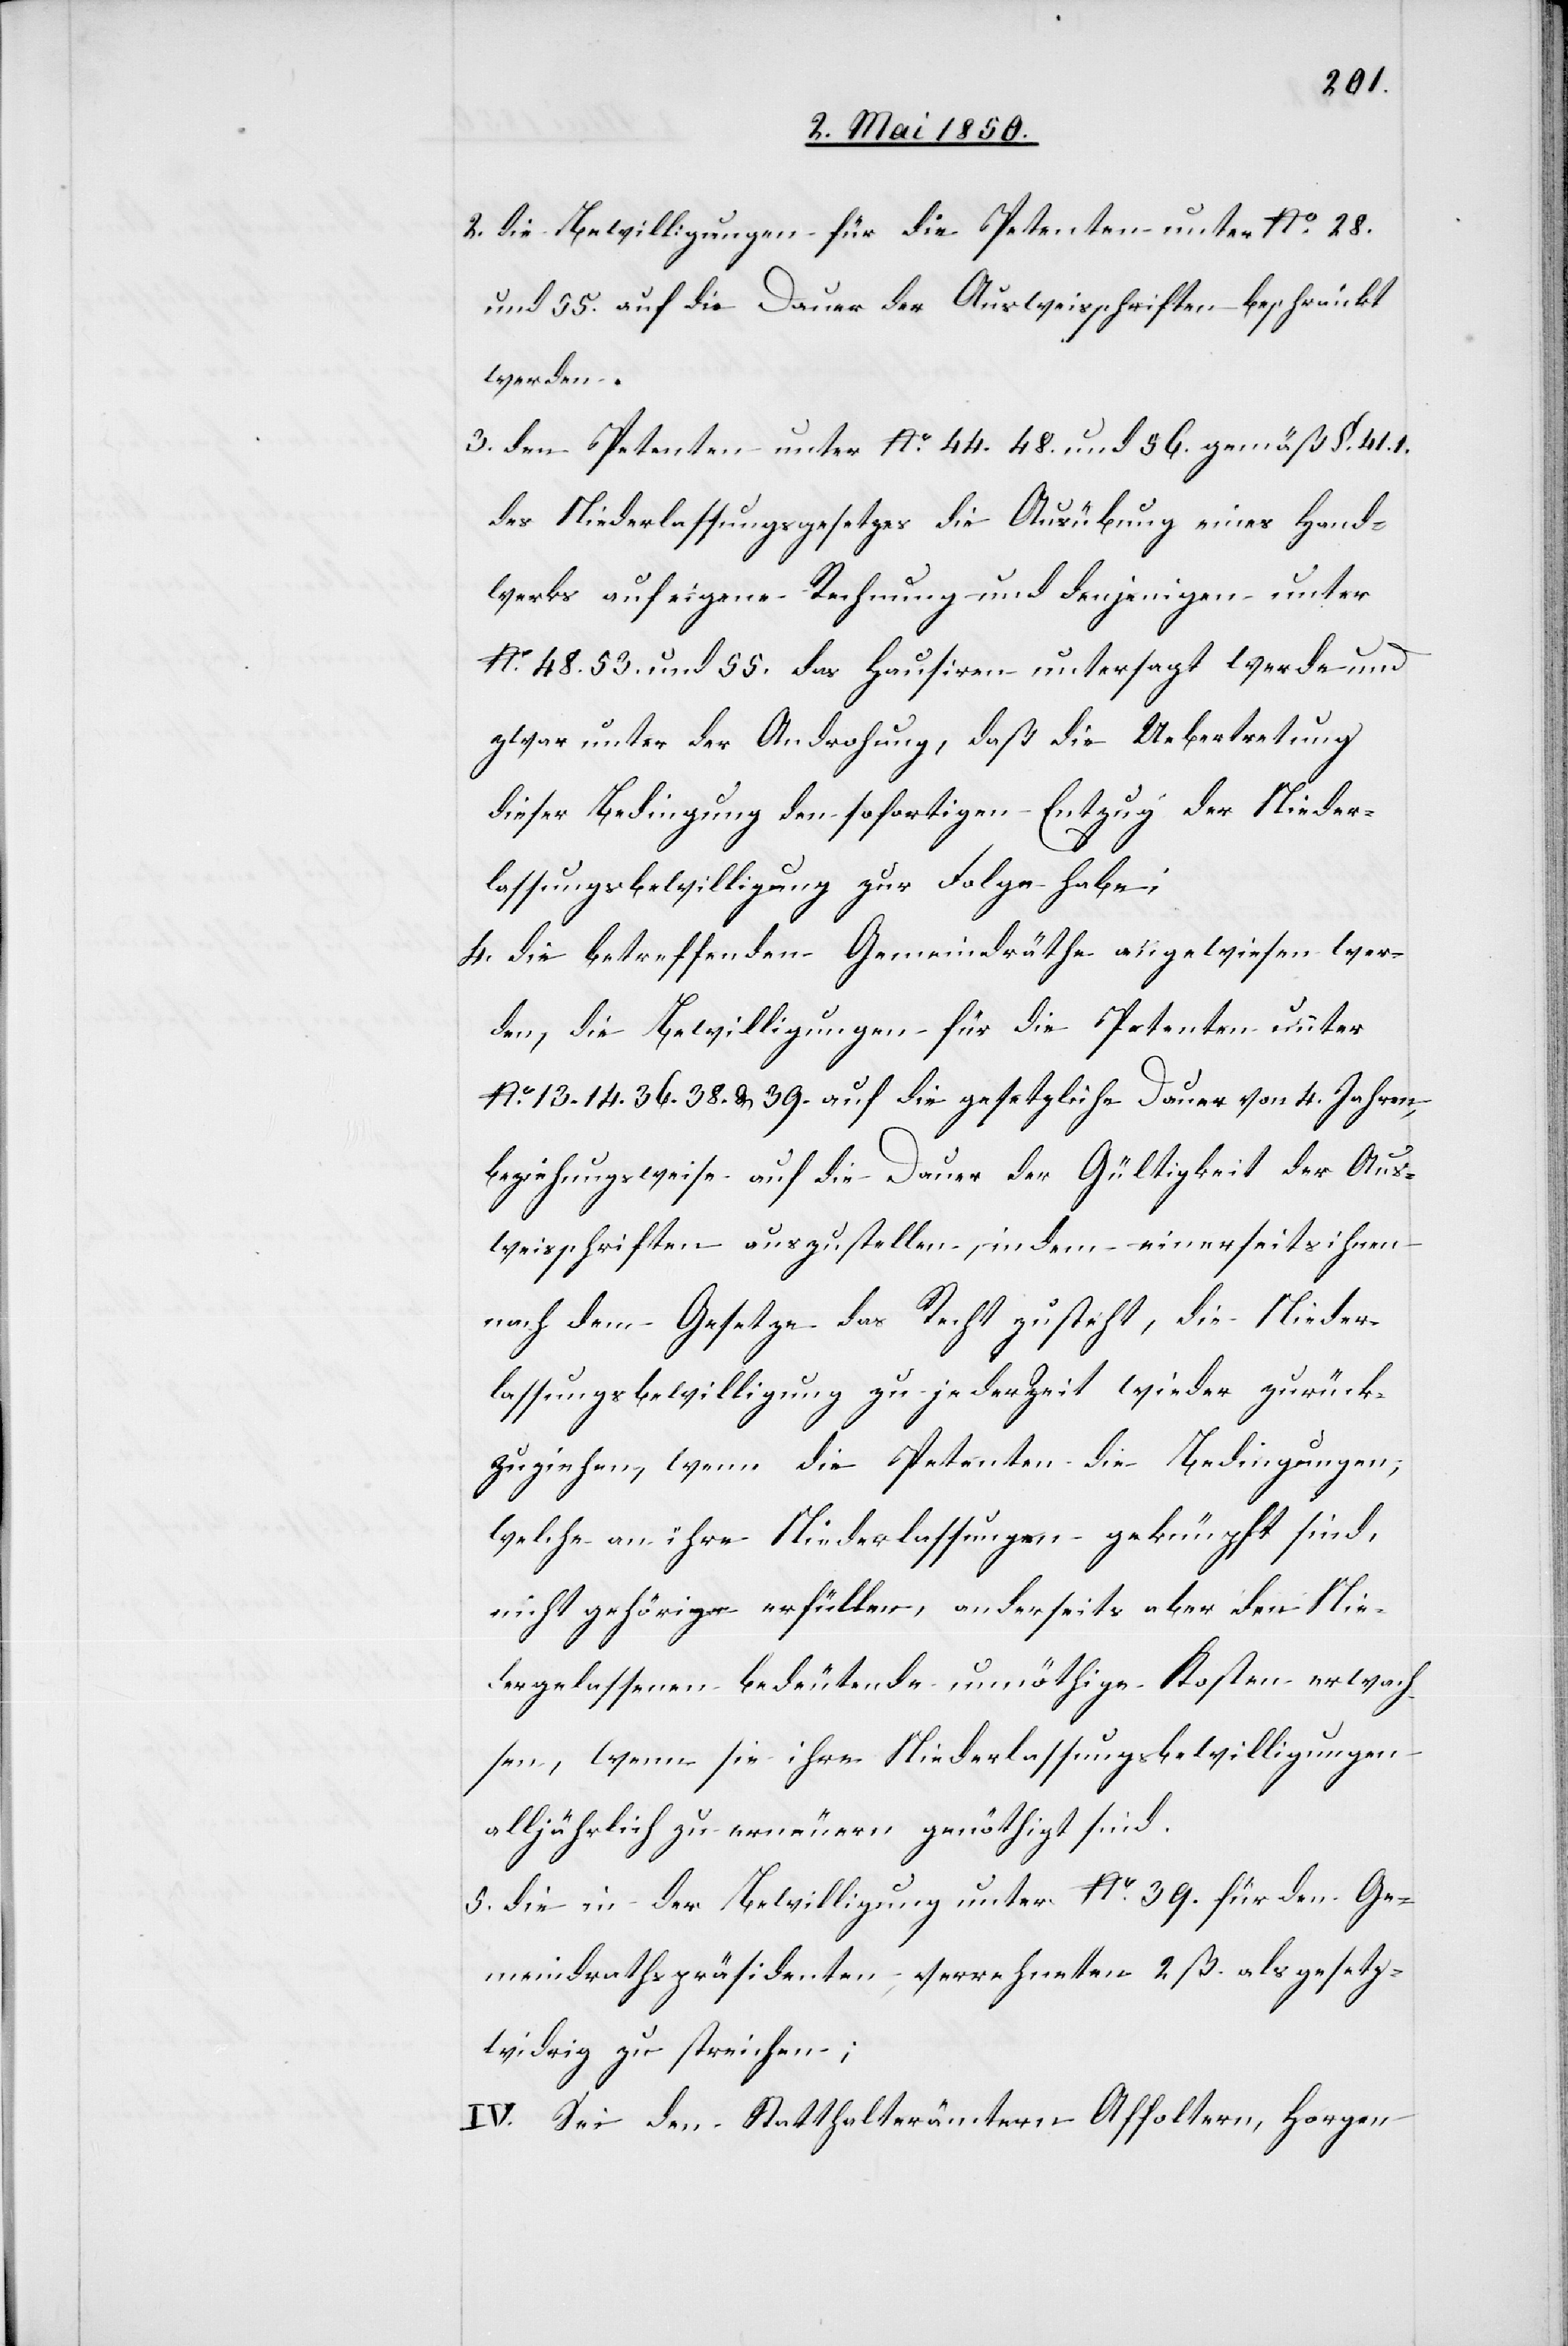
2. die Bewilligungen für die Petenten unter No. 28.
und 55. auf die Dauer der Ausweisschriften beschränkt
werden.
3. den Petenten unter No. 44. 48. und 56. gemäß §. 41. 1.
des Niederlassungsgesetzes die Ausübung eines Hand¬
werks auf eigene Rechnung und denjenigen unter
No. 48. 53. und 55. das Hausiren untersagt werde und
zwar unter der Androhung, daß die Uebertretung
dieser Bedingung den sofortigen Entzug der Nieder¬
lassungsbewilligung zur Folge habe;
4. die betreffenden Gemeindräthe angewiesen wer¬
den, die Bewilligungen für die Petenten unter
No. 13. 14. 36. 38. & 39. auf die gesetzliche Dauer von 4. Jahren,
beziehungsweise auf die Dauer der Gültigkeit der Aus¬
weisschriften auszustellen, indem einerseits ihnen
nach dem Gesetze das Recht zusteht, die Nieder¬
lassungsbewilligung zu jeder Zeit wieder zurück¬
zuziehen, wenn die Petenten die Bedingungen,
welche an ihre Niederlassungen geknüpft sind,
nicht gehörig erfüllen, anderseits aber den Nie¬
dergelassenen bedeutende unnöthige Kosten erwach¬
sen, wenn sie ihre Niederlassungsbewilligungen
alljährlich zu erneuern genöthigt sind.
5. die in der Bewilligung unter No. 39. für den Ge¬
meindrathspräsidenten verrechneten 2 ß. als gesetz¬
widrig zu streichen;
IV. Sei den Statthalterämtern Affoltern, Horgen